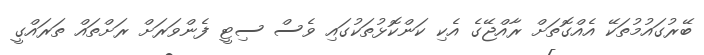
ބޭރުގައުމުތަކޭ އެއްގޮތަށް ރާއްޖޭގެ އެކި ކަންކޮޅުތަކުގައި ވެސް ސިޓީ ފެންވަރަށް ރަށްތައް ތަރައްގީ